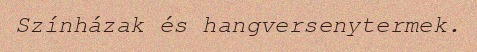
Színházak és hangversenytermek.